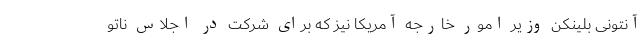
آنتونی بلینکن وزیر امور خارجه آمریکا نیز که برای شرکت در اجلاس ناتو